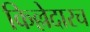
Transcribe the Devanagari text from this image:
किल्लेदारच